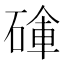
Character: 𥔚